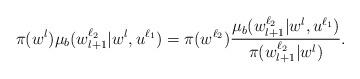
LaTeX: \begin{align*} \pi(w^l)\mu_b(w_{l+1}^{\ell_2}|w^l,u^{\ell_1})&= \pi(w^{\ell_2}){\mu_b(w_{l+1}^{\ell_2}|w^l,u^{\ell_1})\over \pi(w_{l+1}^{\ell_2}|w^l) }.\end{align*}